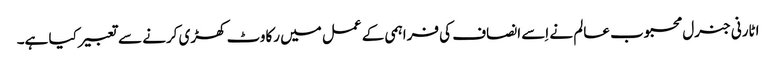
اٹارنی جنرل محبوب عالم نے اِسے انصاف کی فراہمی کے عمل میں رکاوٹ کھڑی کرنے سے تعبیر کیا ہے۔